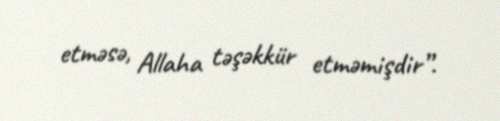
etməsə, Allaha təşəkkür etməmişdir”.